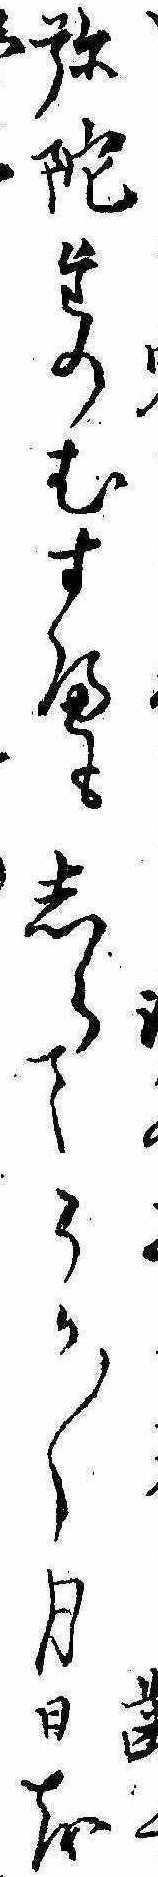
弥陀たのむすへもしらてうか〱月日を